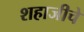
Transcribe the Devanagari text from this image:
शहाजीचे